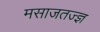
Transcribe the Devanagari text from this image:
मसाजतज्ज्ञ